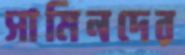
সামিনদের